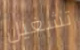
تشغيل